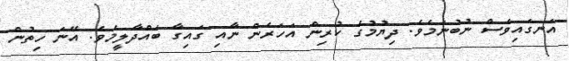
އަނގައިވެސް ނުބުނަމެވެ. ދިޔުމުގެ ކުރިން އަހަރެން ނާއި ގައިގާ ބައްދާލީމެވެ. އޭނަ ހިތުން